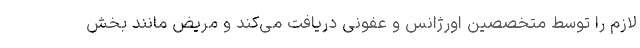
لازم را توسط متخصصین اورژانس و عفونی دریافت می‌کند و مریض مانند بخش